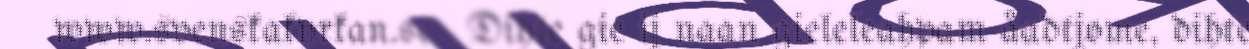
www.svenskakyrkan.se . Dihte gie ij naan gieleleahpam åadtjome, dihte